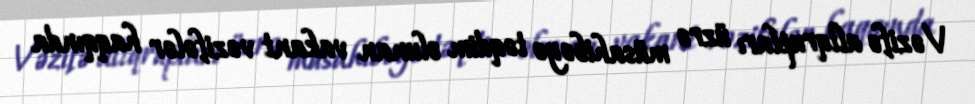
Vəzifə altqrupları üzrə müsahibəyə təqdim olunan vakant vəzifələr haqqında